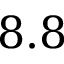
8 . 8